Scientific memoirs by medical officers of the Army of India - Part IV,
Year: 1889
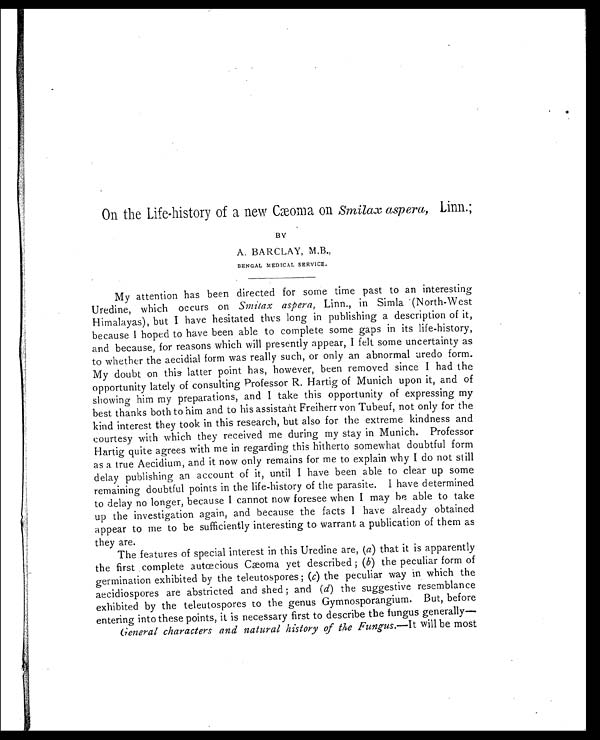
On the Life-history of a new Cæoma on Smilax aspera, Linn.;
BY
A. BARCLAY, M.B.,
BENGAL MEDICAL SERVICE.
My attention has been directed for some time past to an interesting
Uredine, which occurs on Smilax aspera, Linn., in Simla (North-West
Himalayas), but I have hesitated thus long in publishing a description of it,
because I hoped to have been able to complete some gaps in its life-history,
and because, for reasons which will presently appear, I felt some uncertainty as
to whether the aecidial form was really such, or only an abnormal uredo form.
My doubt on this latter point has, however, been removed since I had the
opportunity lately of consulting Professor R. Hartig of Munich upon it, and of
showing him my preparations, and I take this opportunity of expressing my
best thanks both to him and to his assistant Freiherr von Tubeuf, not only for the
kind interest they took in this research, but also for the extreme kindness and
courtesy with which they received me during my stay in Munich. Professor
Hartig quite agrees with me in regarding this hitherto somewhat doubtful form
as a true Aecidium, and it now only remains for me to explain why I do not still
delay publishing an account of it, until I have been able to clear up some
remaining doubtful points in the life-history of the parasite. I have determined
to delay no longer, because I cannot now foresee when I may he able to take
up the investigation again, and because the facts I have already obtained
appear to me to be sufficiently interesting to warrant a publication of them as
they are.
The features of special interest in this Uredine are, (a) that it is apparently
the first complete autœcious Cæoma yet described ; (b) the peculiar form of
germination exhibited by the teleutospores ; (c) the peculiar way in which the
aecidiospores are abstricted and shed ; and (d) the suggestive resemblance
exhibited by the teleutospores to the genus Gymnosporangium. But, before
entering into these points, it is necessary first to describe the fungus generally—
General characters and natural history of the Fungus.—It will be most